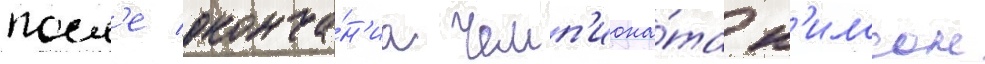
посл'е оконча́н'иа чемп'иона́та н'илссон